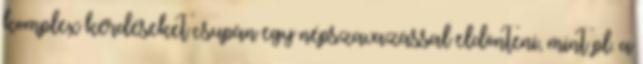
komplex kérdéseket csupán egy népszavazással eldönteni, mint pl. a